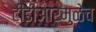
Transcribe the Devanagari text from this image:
टीडीआरमुळेच